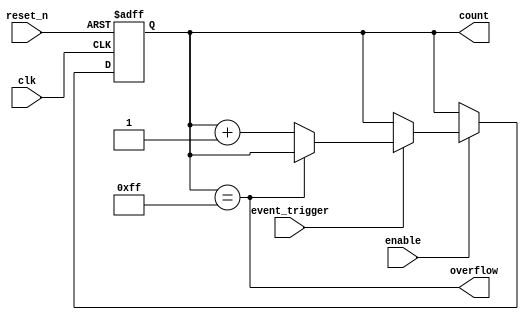
module event_triggered_counter #(
    parameter N = 8 // Define the size of the count register (in bits)
)(
    input wire clk,              // Clock signal
    input wire reset_n,          // Active low asynchronous reset
    input wire enable,           // Enable for counting
    input wire event_trigger,     // Event trigger signal (active high)
    output reg [N-1:0] count,    // Current count value
    output wire overflow         // Overflow indicator
);

    // Overflow signal: indicates if the count has reached the maximum value
    assign overflow = (count == {N{1'b1}}); // All bits set (maximum value)

    // Synchronous count increment logic
    always @(posedge clk or negedge reset_n) begin
        if (!reset_n) begin
            // Asynchronous reset to zero
            count <= 0;
        end else if (enable) begin
            // Check if the event trigger is activated and increment count
            if (event_trigger) begin
                if (!overflow) begin
                    count <= count + 1; // Increment count if not overflowing
                end
            end
        end
    end

endmodule